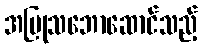
အပြုသဘောဆောင်သည့်